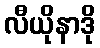
လီယိုနာဒို